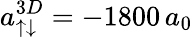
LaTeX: a_{\uparrow\downarrow}^{3D}=-1800\, a_{0}